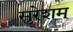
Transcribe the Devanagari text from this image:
सुरेशम्‌